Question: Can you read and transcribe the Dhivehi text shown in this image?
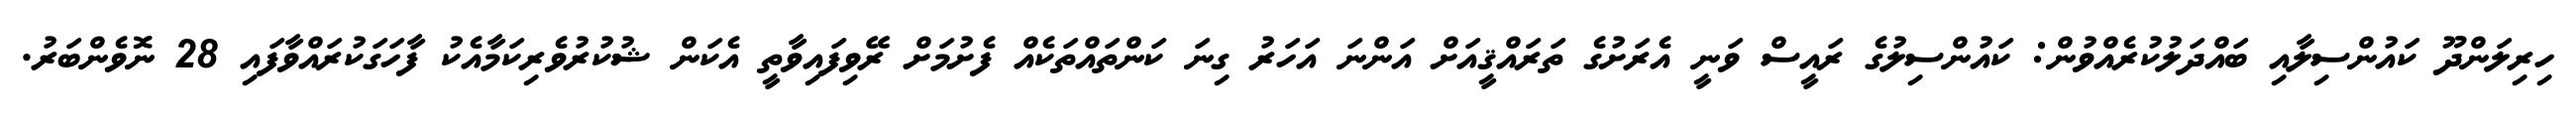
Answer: ހިރިލަންދޫ ކައުންސިލާއި ބައްދަލުކުރެއްވުން: ކައުންސިލުގެ ރައީސް ވަނީ އެރަށުގެ ތަރައްޤީއަށް އަންނަ އަހަރު ގިނަ ކަންތައްތަކެއް ފެށުމަށް ރޭވިފައިވާތީ އެކަން ޝުކުރުވެރިކަމާއެކު ފާހަގަކުރައްވާފައި 28 ނޮވެންބަރު.